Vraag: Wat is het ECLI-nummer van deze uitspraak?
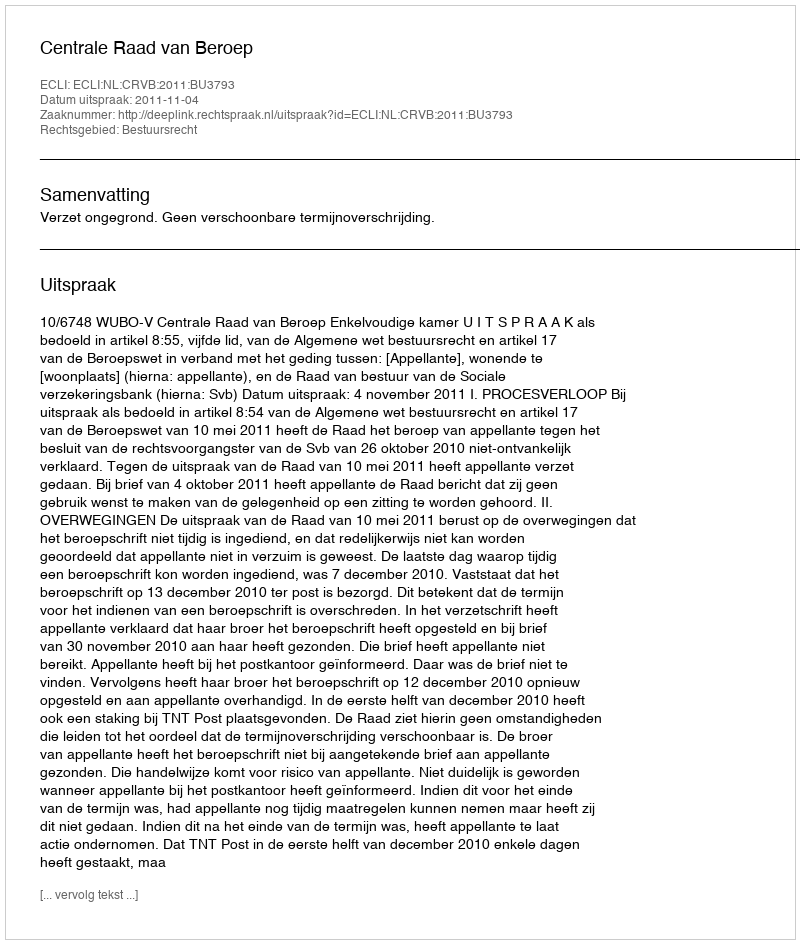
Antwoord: ECLI:NL:CRVB:2011:BU3793